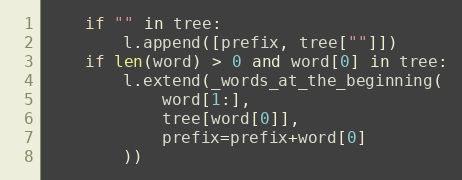
Language: Python
    if "" in tree:
        l.append([prefix, tree[""]])
    if len(word) > 0 and word[0] in tree:
        l.extend(_words_at_the_beginning(
            word[1:],
            tree[word[0]],
            prefix=prefix+word[0]
        ))